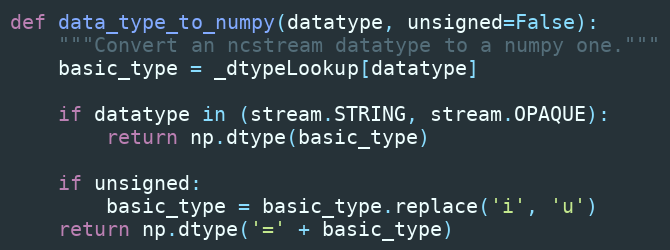
Language: Python
def data_type_to_numpy(datatype, unsigned=False):
    """Convert an ncstream datatype to a numpy one."""
    basic_type = _dtypeLookup[datatype]

    if datatype in (stream.STRING, stream.OPAQUE):
        return np.dtype(basic_type)

    if unsigned:
        basic_type = basic_type.replace('i', 'u')
    return np.dtype('=' + basic_type)